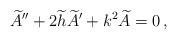
\begin{align*}\widetilde{A}'' + 2\widetilde{h}\widetilde{A}' + k^2 \widetilde{A} = 0 \, ,\end{align*}